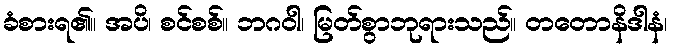
ခံစားရ၏။ အပိ၊ စင်စစ်။ ဘဂဝါ၊ မြတ်စွာဘုရားသည်။ တတောနိဒါနံ၊